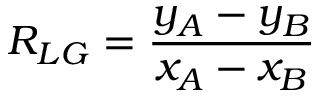
R _ { L G } = \frac { y _ { A } - y _ { B } } { x _ { A } - x _ { B } }